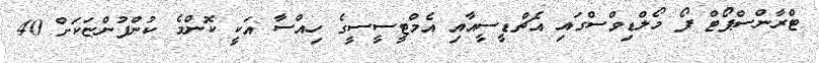
ޓްރާންސްޕޯޓް ފޯ މޯލްޑިވްސްގައި އެޗްޑީސީއާއި އެމްޓީސީސީގެ ހިއްސާ އަކީ ކޮންމެ ކުންފުންޏަކަށް 40